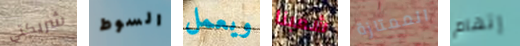
شريكتي السوط ويعمل شعبنا الممتازة إتهام